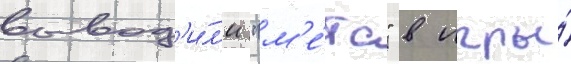
вывод'и́л'и "м'е́тс" в игры́